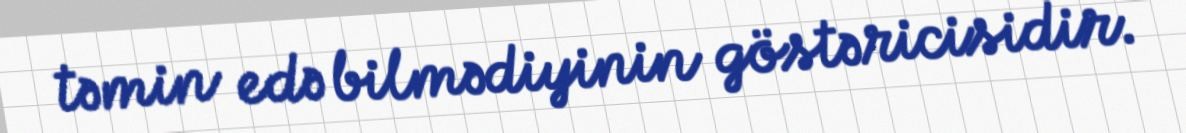
təmin edə bilmədiyinin göstəricisidir.